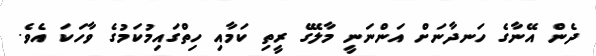
ދެން އޭނާގެ ހަނދާނަށް އަންނަނީ މާލޭގެ ރީތި ކަމާއި ހިތްގައިމުކަމުގެ ވާހަކަ އެވެ.